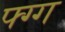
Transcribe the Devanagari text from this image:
फ्ग्ग